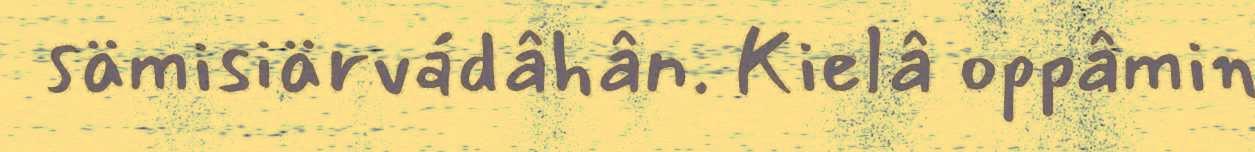
sämisiärvádâhân. Kielâ oppâmin